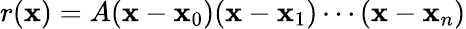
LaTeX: r(\mathbf{x})=A(\mathbf{x}-\mathbf{x}_{0})(\mathbf{x}-\mathbf{x}_{1})\cdots(\mathbf{x}-\mathbf{x}_{n})